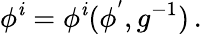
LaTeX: \phi^{\mathit{i}}=\phi^{\mathit{i}}(\phi^{'},g^{-1})\, .